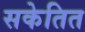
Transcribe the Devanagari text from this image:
सकेतित